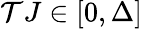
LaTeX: \mathcal{T}J\in[0,\Delta]